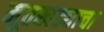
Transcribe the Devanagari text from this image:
मूतखड्याचा